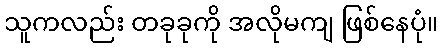
သူကလည်း တခုခုကို အလိုမကျ ဖြစ်နေပုံ။